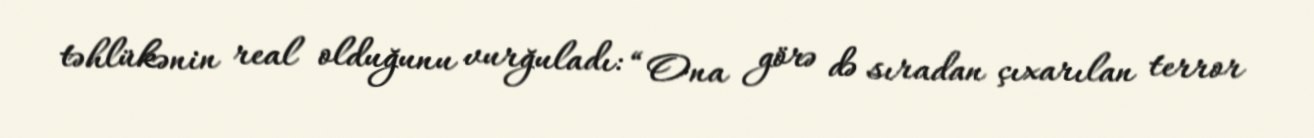
təhlükənin real olduğunu vurğuladı: “Ona görə də sıradan çıxarılan terror